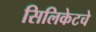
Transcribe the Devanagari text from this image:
सिलिकेटचे